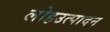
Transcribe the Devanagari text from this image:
लोहउत्पादन